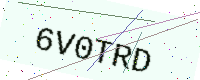
Text: 6V0TRD